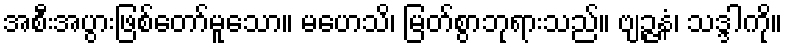
အစီးအပွားဖြစ်တော်မူသော။ မဟေသိ၊ မြတ်စွာဘုရားသည်။ ဗျဉ္ဇနံ၊ သဒ္ဒါကို။